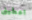
اعطينى